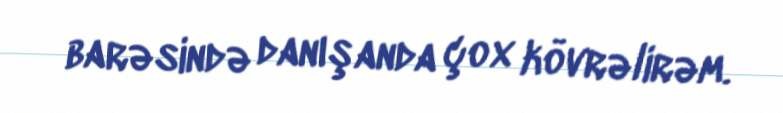
barəsində danışanda çox kövrəlirəm.